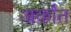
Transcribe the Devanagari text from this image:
अर्कांत